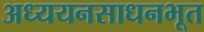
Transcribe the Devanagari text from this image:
अध्ययनसाधनभूत